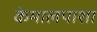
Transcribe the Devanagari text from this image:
केमालपाशा